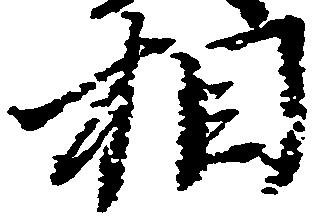
相